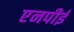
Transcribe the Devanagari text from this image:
एनपीई